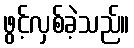
ဖွင့်လှစ်ခဲ့သည်။